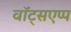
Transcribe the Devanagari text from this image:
वॉट्सएप्प